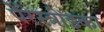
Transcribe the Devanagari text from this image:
पेरेस्त्रोंइका